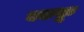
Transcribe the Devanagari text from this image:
एडफू